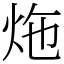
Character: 炧